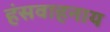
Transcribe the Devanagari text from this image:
हंसवाहनाय